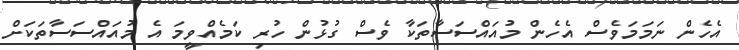
އެހެން ނަމަމަވެސް އެހެން މުއައްސަސާތަކާ ވެސް ގުޅުން ހުރި ކަމެއްވީމަ އެ މުއައްސަސާތަކަށް